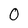
Character: 0